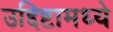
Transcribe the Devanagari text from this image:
उद्दिष्टामध्ये